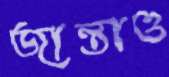
জান্তাও